Annual report of the Bengal Veterinary College and of the Civil Veterinary Department, Bengal, for the year 1914-1915 - 1914-1915
Year: 1914
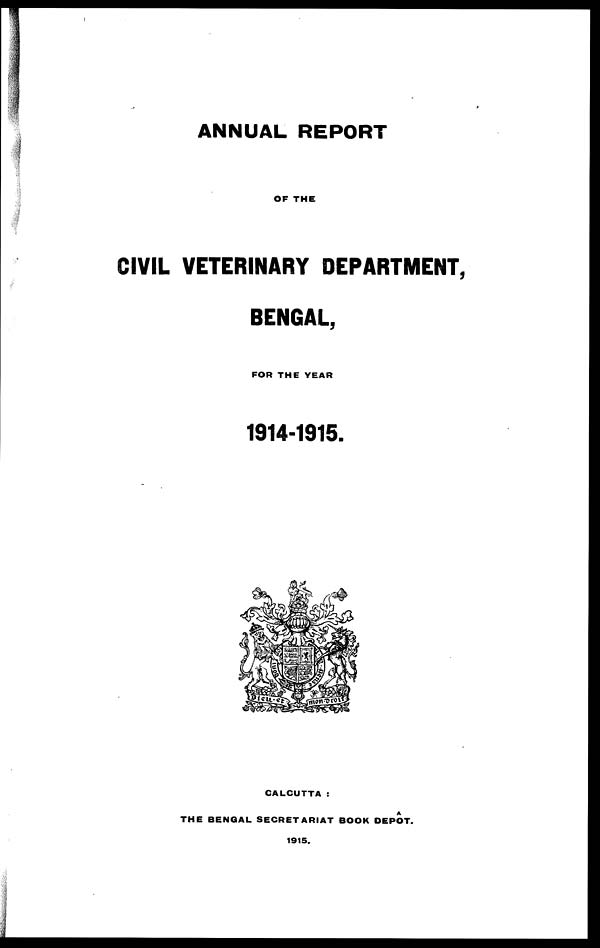
ANNUAL REPORT
OF THE
CIVIL VETERINARY DEPARTMENT,
BENGAL,
FOR THE YEAR
1914-1915.
CALCUTTA :
THE BENGAL SECRETARIAT BOOK DEPÔT.
1915.